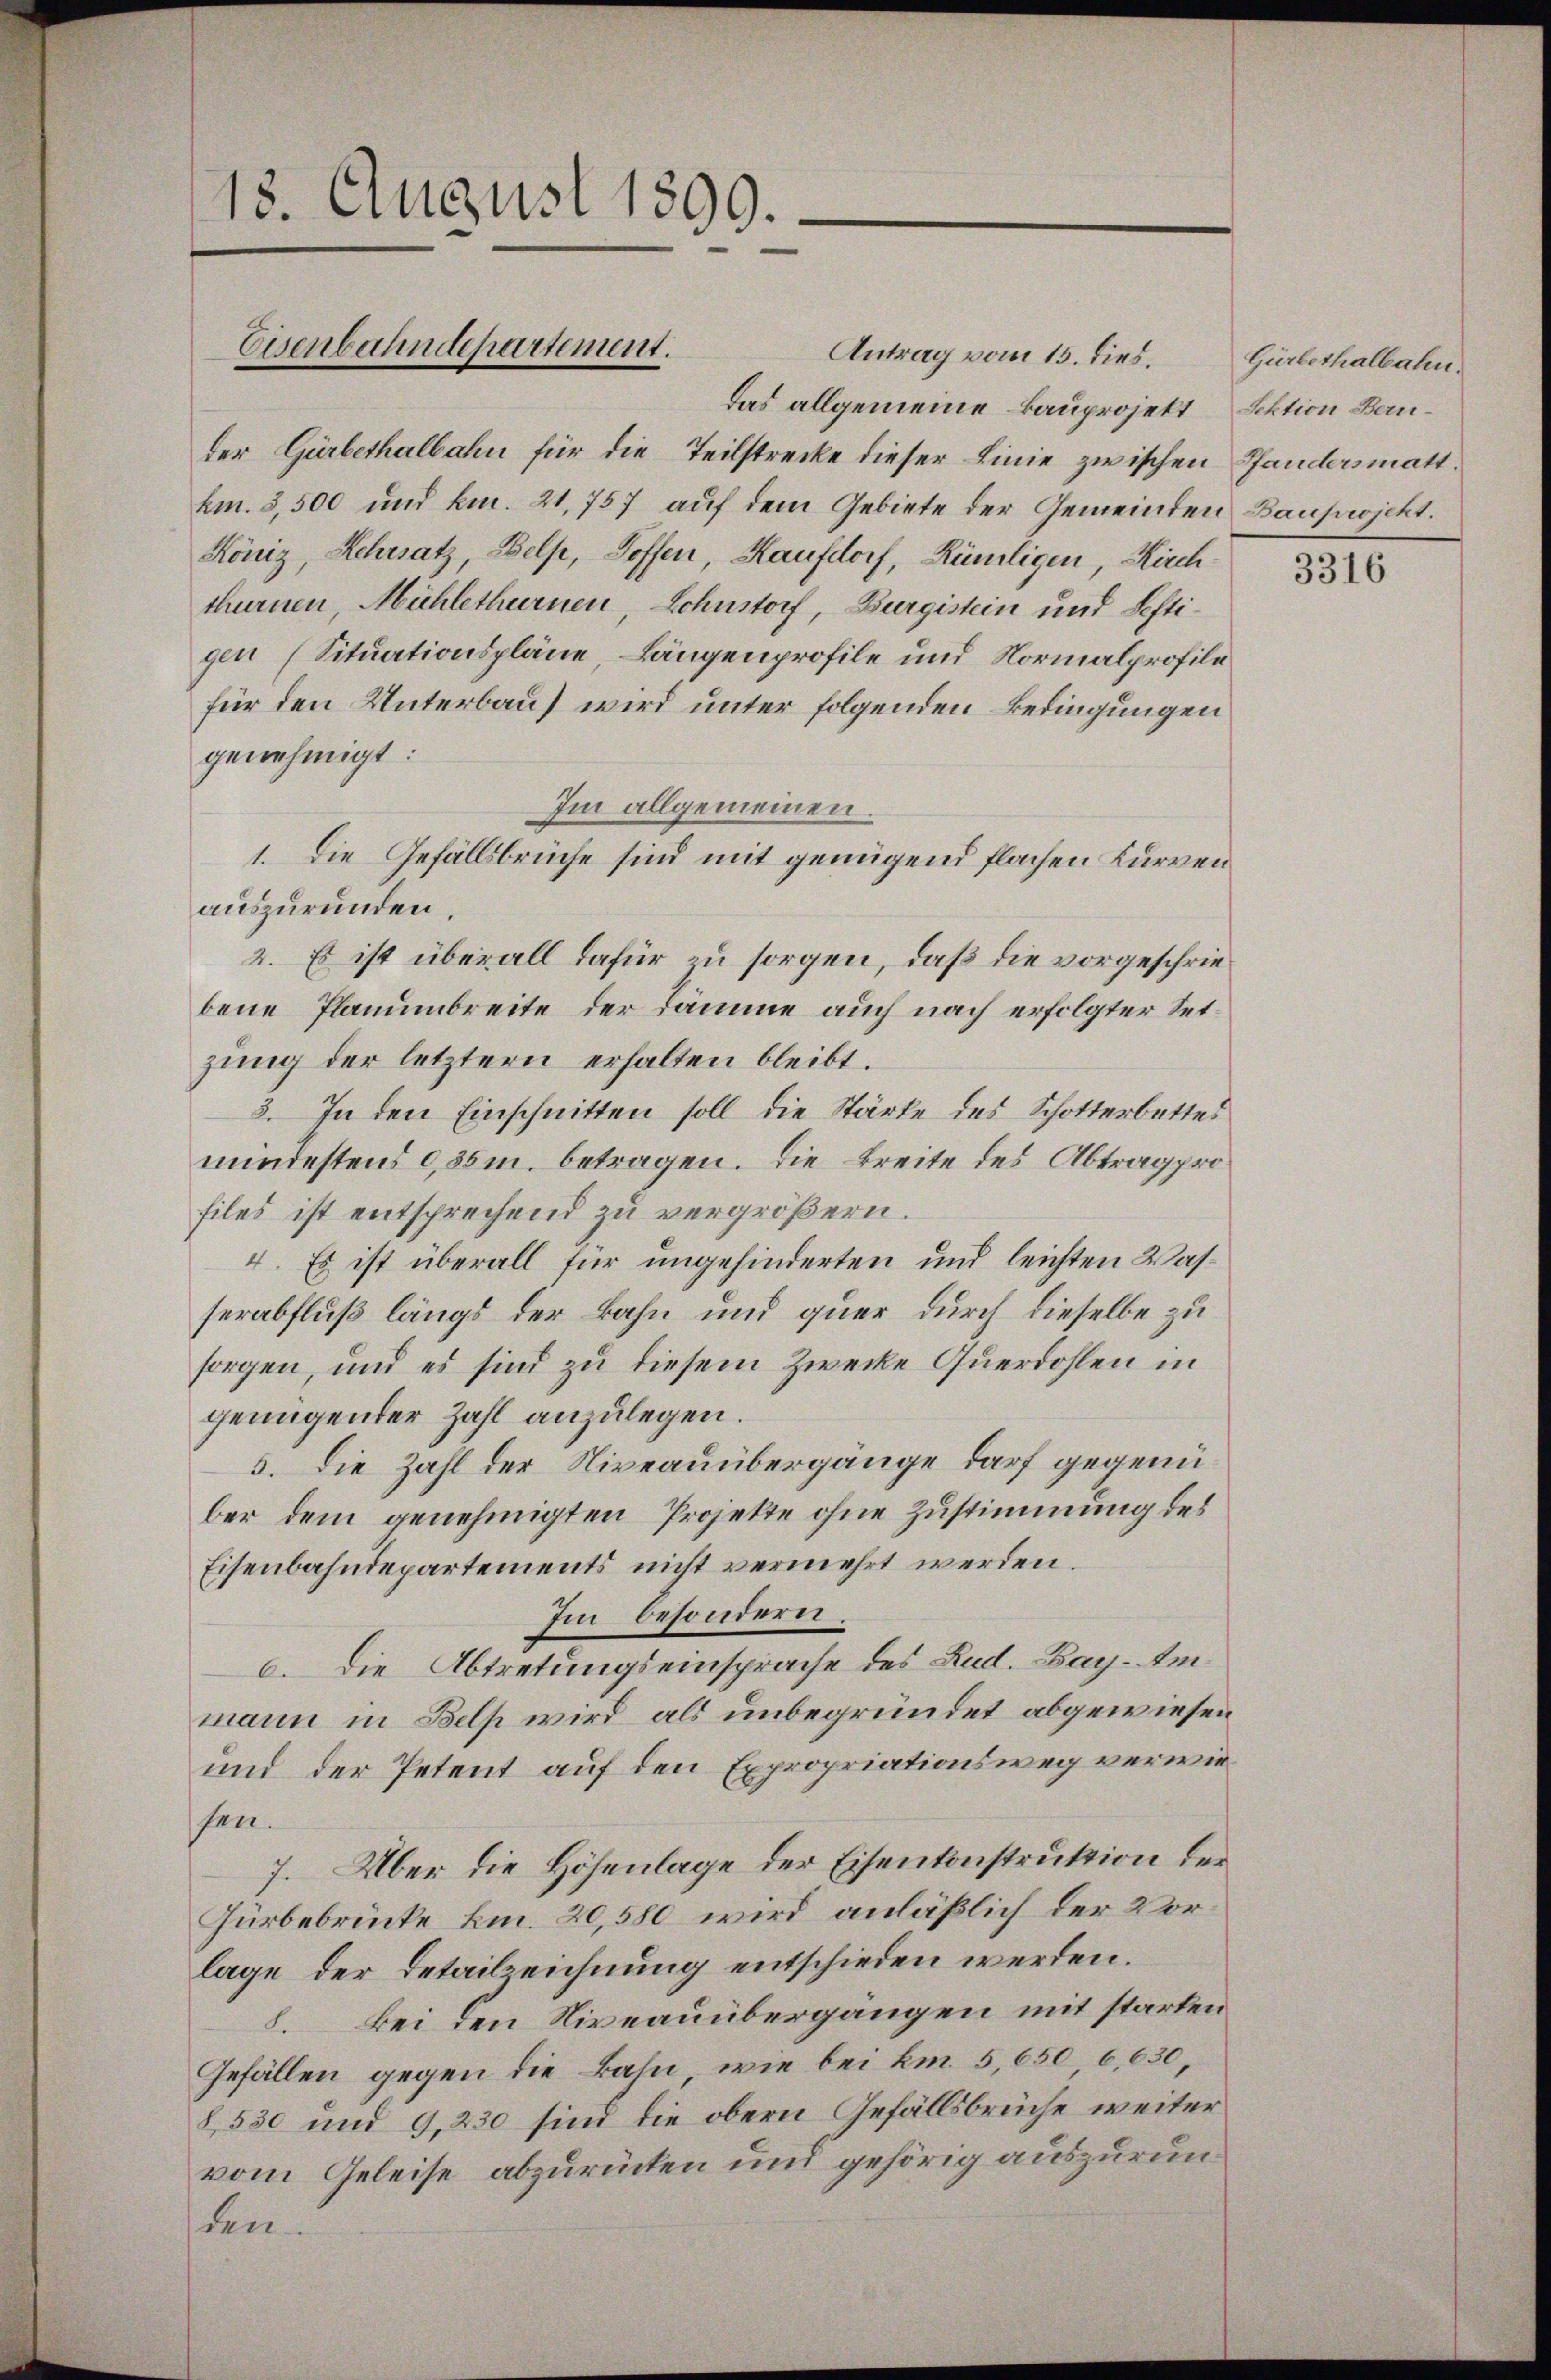
13. August 1890.

Eisenbahndepartement.

Antrag vom 15. dies. Gürbethalbahn.
Das allgemeine kauprojekt Lektion Bender Gürbethalbahn für die Teilstrecke dieser Linie zwischen Pfandersmatt.
km. 3,500 und km. 21,757 auf dem Gebiete der Gemeinden Bauprojekt.
König, Lehrsatz, Wels, Hoffen, Kaufdorf, Rümligen, Kirchthurnen, Mühlethurnen Lohnstorf, Burgistein und Seftigen (Situationspläne, Längenprofile und Normalprofile
für den Unterbau wird unter folgenden Bedingungen
genehmigt:
Im allgemeinen.
1. Die Gefällsbrüche sind mit genügend flachen Kurven
auszurunden.
2. Es ist überall dafür zu sorgen, daß die vorgeschriebene Planumbreite der Dämme auch nach erfolgter Setzung der letztern erhalten bleibt.
3. In den Einschnitten soll die Stärke des Schotterbettes
mindestens 0,85m. betragen. Die Breite des Abtrag profiles ist entsprechend zu vergrößern.
4. Es ist überall für ungehinderten und leichten Wasserabfluß längs der Bahn und quer durch dieselbe zu
sorgen, und es sind zu diesem Zwecke Querdohlen in
genügender Zahl anzulegen.
5. Die Zahl der Niveauübergänge darf gegenüber dem genehmigten Projekte ohne Zustimmung des
Eisenbahndepartements nicht vermehrt werden.
Im besondern.
6. Die Abtretungseinsprache des Rud. Bay. Am
mann in Bels wird als unbegründet abgewiesen
und der Petent auf den Expropriationsweg verwiesen.
7. Über die Höhenlage der Eisenkonstruktion der
Gürbebrücke km. 20,580 wird anläßlich der Vorlage der Detailzeichnung entschieden werden.
8. Bei den Niveauübergangen mit starten
Gefällen gegen die Bahn, wie bei km 5,650 6,630,
8530 und 9,230 sind die obern Gefällsbrüche weiter
vom Geleise abzurücken und gehörig auszurunden.

3316